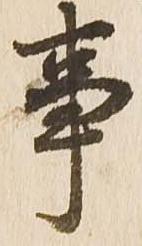
事